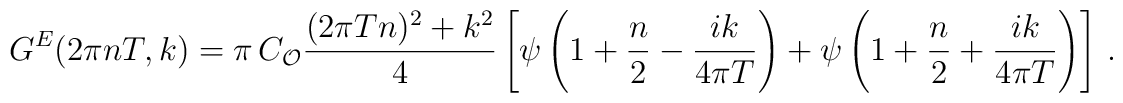
G^E(2\pi n T, k) = \pi \, C_{\cal{O}} {(2\pi T n)^2+k^2\over 4}\left[ \psi \left( 1+ {n\over 2} -{i k \over 4\pi T} \right) + \psi \left( 1+ {n\over 2} +{i k \over 4\pi T} \right)\right]\,.